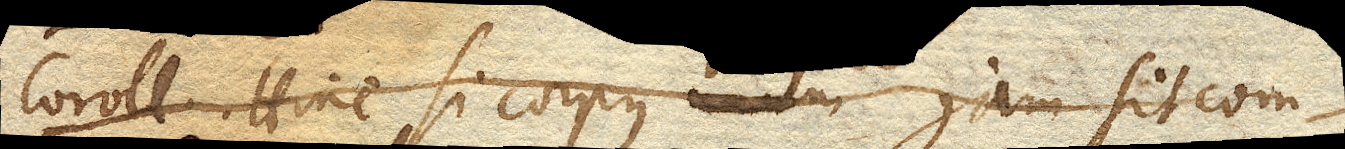
Coroll. Hinc si corpus jam sit com–